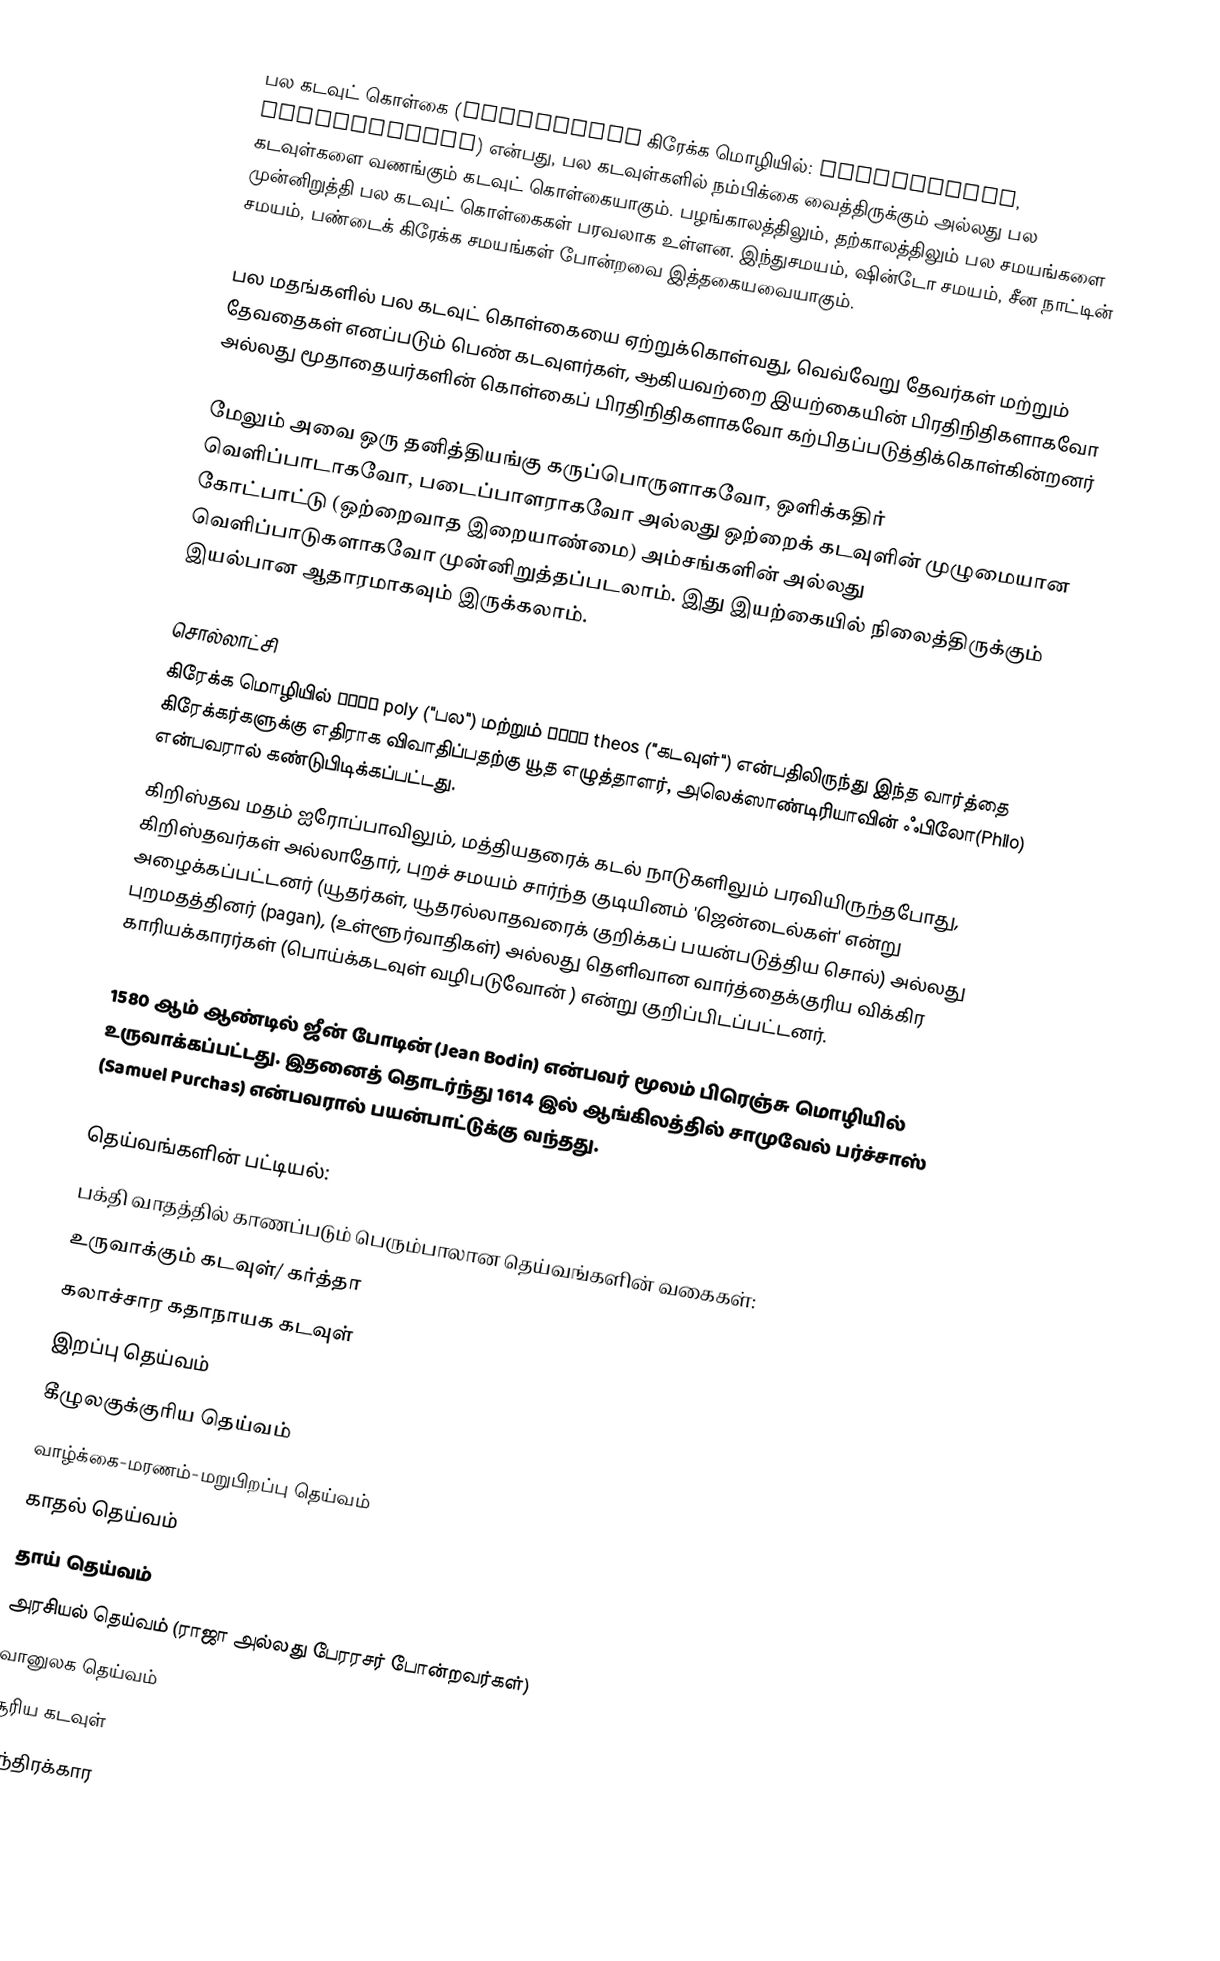
பல கடவுட் கொள்கை (Polytheism கிரேக்க மொழியில்: πολυθεϊσμός, polytheismos) என்பது, பல கடவுள்களில் நம்பிக்கை வைத்திருக்கும் அல்லது பல கடவுள்களை வணங்கும் கடவுட் கொள்கையாகும். பழங்காலத்திலும், தற்காலத்திலும் பல சமயங்களை முன்னிறுத்தி பல கடவுட் கொள்கைகள் பரவலாக உள்ளன.  இந்துசமயம், ஷின்டோ சமயம், சீன நாட்டின் சமயம், பண்டைக் கிரேக்க சமயங்கள் போன்றவை இத்தகையவையாகும்.

பல மதங்களில் பல கடவுட் கொள்கையை  ஏற்றுக்கொள்வது, வெவ்வேறு தேவர்கள்  மற்றும் தேவதைகள் எனப்படும் பெண் கடவுளர்கள், ஆகியவற்றை இயற்கையின் பிரதிநிதிகளாகவோ அல்லது மூதாதையர்களின் கொள்கைப் பிரதிநிதிகளாகவோ கற்பிதப்படுத்திக்கொள்கின்றனர்

மேலும் அவை ஒரு தனித்தியங்கு கருப்பொருளாகவோ, ஒளிக்கதிர் வெளிப்பாடாகவோ, படைப்பாளராகவோ அல்லது ஒற்றைக் கடவுளின் முழுமையான கோட்பாட்டு (ஒற்றைவாத இறையாண்மை) அம்சங்களின் அல்லது வெளிப்பாடுகளாகவோ முன்னிறுத்தப்படலாம். இது இயற்கையில் நிலைத்திருக்கும் இயல்பான ஆதாரமாகவும் இருக்கலாம்.

சொல்லாட்சி
கிரேக்க மொழியில் πολύ poly ("பல") மற்றும் θεός theos ("கடவுள்") என்பதிலிருந்து இந்த வார்த்தை கிரேக்கர்களுக்கு எதிராக விவாதிப்பதற்கு யூத எழுத்தாளர், அலெக்ஸாண்டிரியாவின் ஃபிலோ(Philo) என்பவரால் கண்டுபிடிக்கப்பட்டது.
கிறிஸ்தவ மதம் ஐரோப்பாவிலும், மத்தியதரைக் கடல் நாடுகளிலும் பரவியிருந்தபோது, கிறிஸ்தவர்கள் அல்லாதோர், புறச் சமயம் சார்ந்த குடியினம் 'ஜென்டைல்கள்' என்று அழைக்கப்பட்டனர் (யூதர்கள், யூதரல்லாதவரைக் குறிக்கப் பயன்படுத்திய சொல்) அல்லது புறமதத்தினர் (pagan),  (உள்ளூர்வாதிகள்) அல்லது தெளிவான வார்த்தைக்குரிய விக்கிர காரியக்காரர்கள் (பொய்க்கடவுள் வழிபடுவோன் ) என்று குறிப்பிடப்பட்டனர்.

1580 ஆம் ஆண்டில் ஜீன் போடின் (Jean Bodin) என்பவர் மூலம் பிரெஞ்சு மொழியில் உருவாக்கப்பட்டது. இதனைத் தொடர்ந்து 1614 இல் ஆங்கிலத்தில் சாமுவேல் பர்ச்சாஸ் (Samuel Purchas) என்பவரால் பயன்பாட்டுக்கு வந்தது.

தெய்வங்களின் பட்டியல்:
பக்தி வாதத்தில் காணப்படும் பெரும்பாலான தெய்வங்களின் வகைகள்:
 உருவாக்கும் கடவுள்/ கர்த்தா
 கலாச்சார கதாநாயக கடவுள்
 இறப்பு தெய்வம்
 கீழுலகுக்குரிய தெய்வம்
 வாழ்க்கை-மரணம்-மறுபிறப்பு தெய்வம்
 காதல் தெய்வம்
 தாய் தெய்வம்
 அரசியல் தெய்வம் (ராஜா அல்லது பேரரசர் போன்றவர்கள்)
 வானுலக தெய்வம்
 சூரிய கடவுள்
 தந்திரக்கார